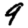
Digit: 9